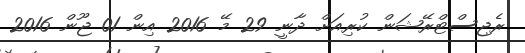
ރެޖިސްޓްރޭޝަން ކުރިއަށް ދާނީ 29 މޭ 2016 އިން 01 ޖޫން 2016